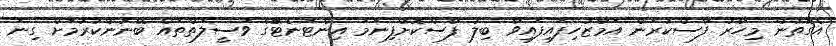
އެގޮތުން މިހާރު ފާސްކުރަން އަމާޒުހިފައިފައިވާ ބިލު ފާސްކޮށްފިނަމަ އިންޓަނެޓްުގެ ވަސީލަތްތައް ބޭނުންކުރުމަށް ގިނަ